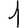
Digit: 1